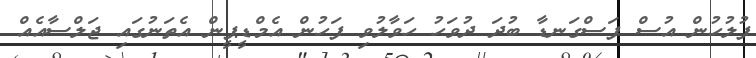
ފުލުހުން އުސް ފަސްގަނޑާ ބުދަ ދުވަހު ހަވާލުވި ފަހުން އެމްޑީޕީން އެތަނުގައި ޖަލްސާއެއް